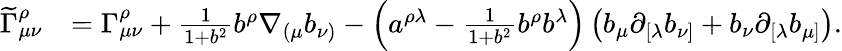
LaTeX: \begin{array}{rl}{\widetilde\Gamma_{\mu\nu}^{\rho}}&{=\Gamma_{\mu\nu}^{\rho}+\frac{1}{1+b^{2}}b^{\rho}\nabla_{(\mu}b_{\nu)}-\left(a^{\rho\lambda}-\frac{1}{1+b^{2}}b^{\rho}b^{\lambda}\right)\left(b_{\mu}\partial_{[\lambda}b_{\nu]}+b_{\nu}\partial_{[\lambda}b_{\mu]}\right).}\end{array}